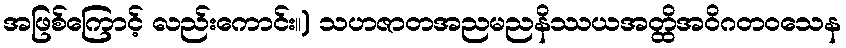
အဖြစ်ကြောင့် လည်းကောင်း။) သဟဇာတအညမညနိဿယအတ္ထိအဝိဂတဝသေန